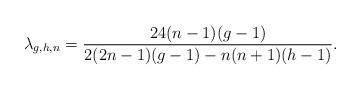
LaTeX: \begin{align*}\lambda_{g,h,n}=\frac{24(n-1)(g-1)}{2(2n-1)(g-1)-n(n+1)(h-1)}.\end{align*}